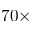
7 0 \times